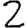
Digit: 2